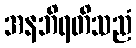
အနဘိရတိသညံ